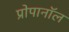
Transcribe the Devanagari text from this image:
प्रोपानॉल